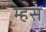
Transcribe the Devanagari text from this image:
म्हस